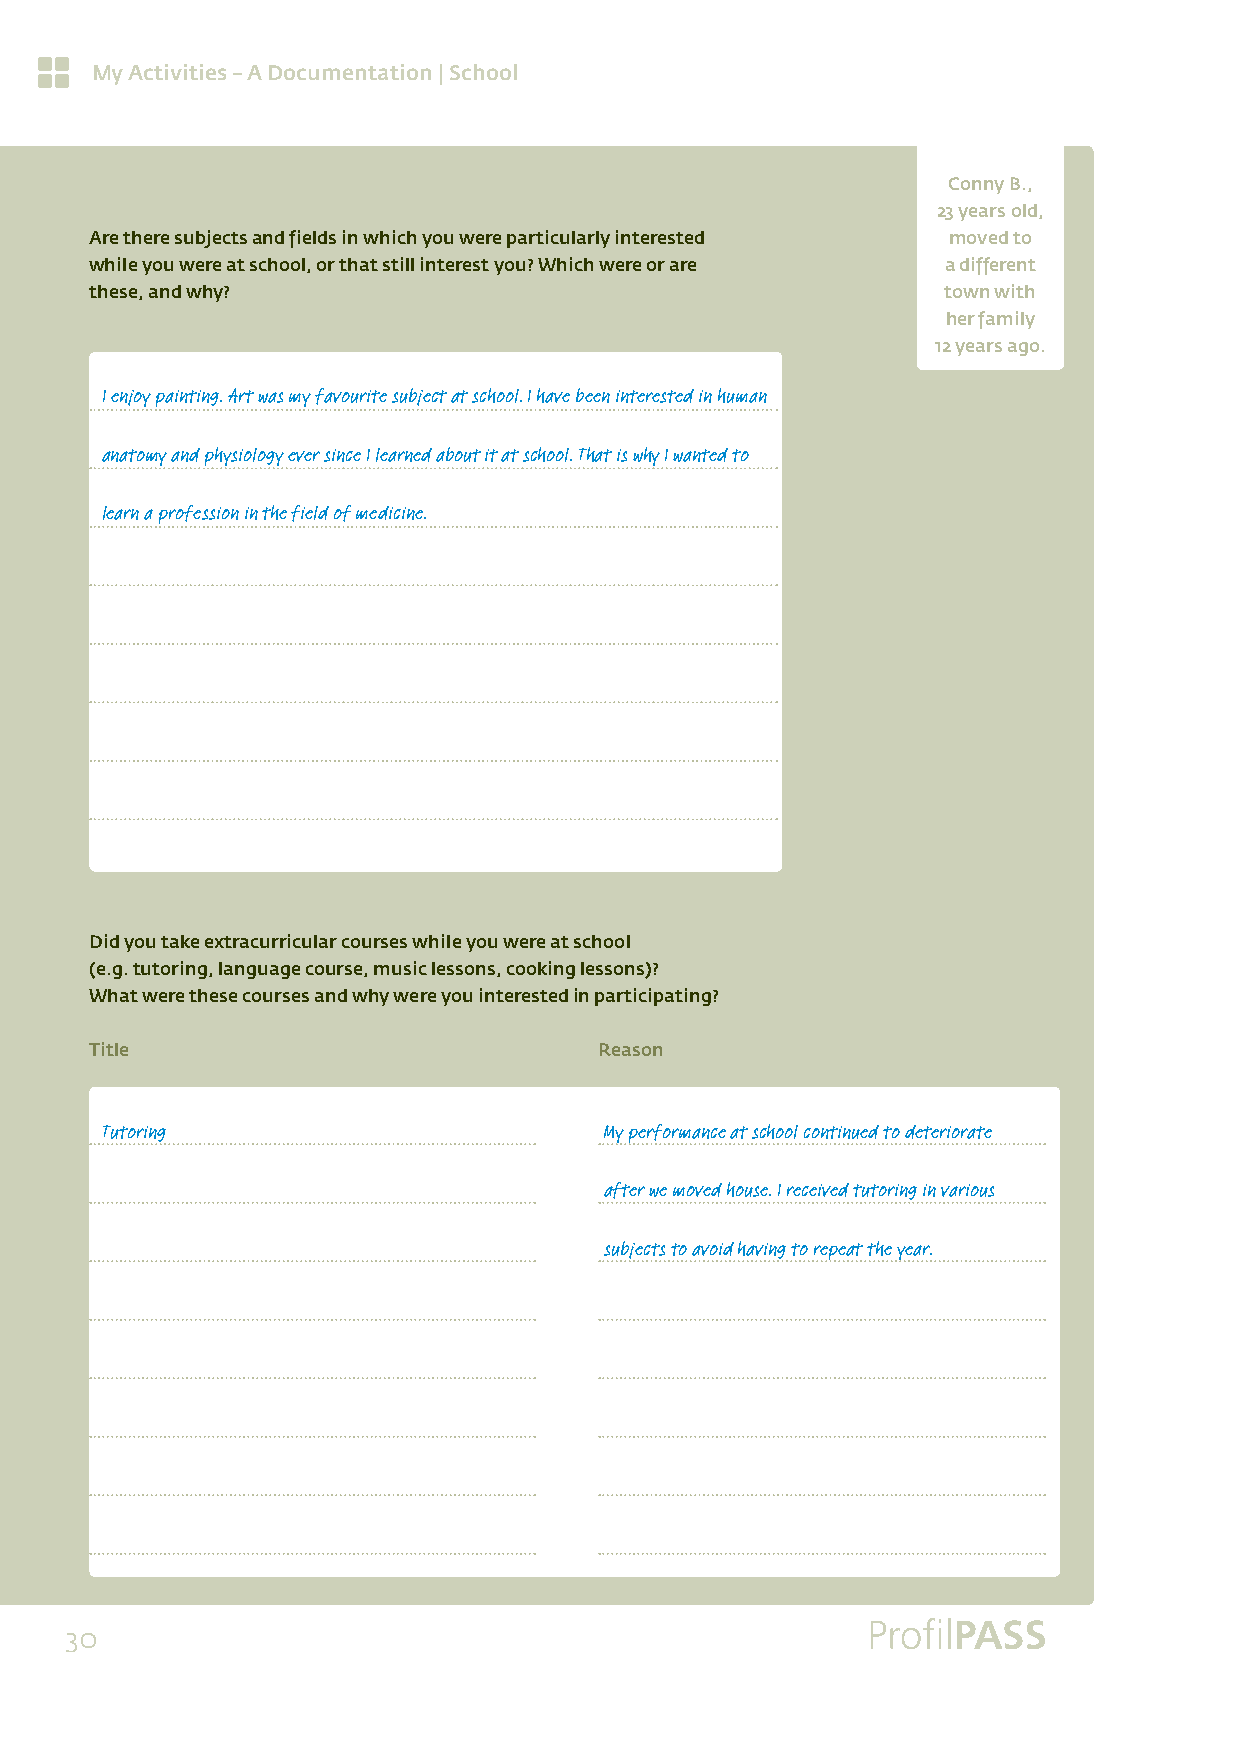
My Activities – A Documentation | School
 Conny B.,
 23 years old,
 Are there subjects and fields in which you were particularly interested moved to
 while you were at school, or that still interest you? Which were or are a different
 these, and why?                                          town with
 her family
 12 years ago.
 I enjoy painting. Art was my favourite subject at school. I have been interested in human
 anatomy and physiology ever since I learned about it at school. That is why I wanted to
 learn a profession in the field of medicine.
 Did you take extracurricular courses while you were at school
 (e.g. tutoring, language course, music lessons, cooking lessons)?
 What were these courses and why were you interested in participating?
 Title                             Reason
 Tutoring                         My performance at school continued to deteriorate
 after we moved house. I received tutoring in various
 subjects to avoid having to repeat the year.
 30